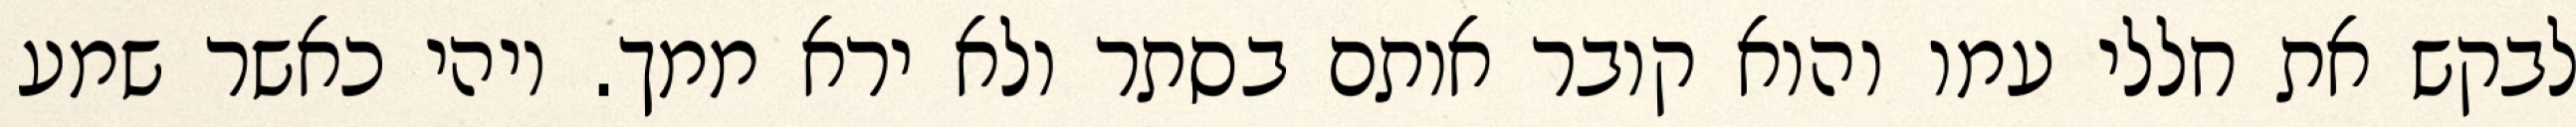
לבקש את חללי עמו והוא קובר אותם בסתר ולא ירא ממך. ויהי כאשר שמע